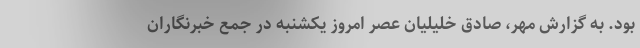
بود. به گزارش مهر، صادق خلیلیان عصر امروز یکشنبه در جمع خبرنگاران